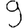
Digit: 9